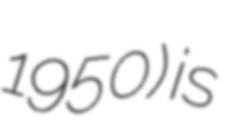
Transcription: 1950) is